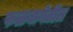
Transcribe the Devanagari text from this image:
फळबागेतील